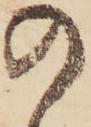
の